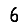
Digit: 6